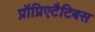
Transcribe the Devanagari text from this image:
प्रॉप्रिएटैटिबस